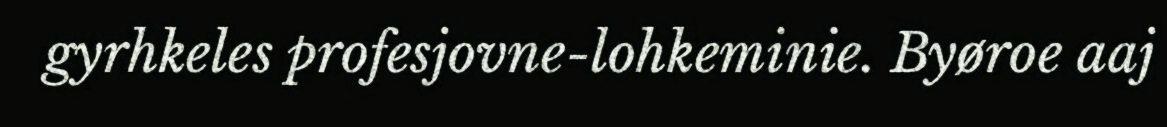
gyrhkeles profesjovne-lohkeminie. Byøroe aaj